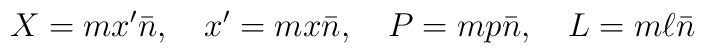
X=mx'\bar{n},~~~ x'=mx\bar{n},~~~ P=mp\bar{n},~~~ L=m\ell \bar{n}